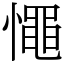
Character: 憴